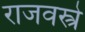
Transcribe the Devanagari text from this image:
राजवस्त्रे